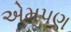
એમપણ